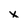
Character: x